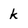
Character: k